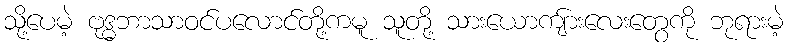
သို့ပေမဲ့ ဗုဒ္ဓဘာသာဝင်ပလောင်တို့ကမူ သူတို့ သားယောကျ်ားလေးတွေကို ဘုရားမဲ့